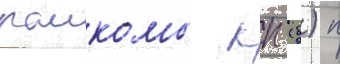
раикомы кп (б) п